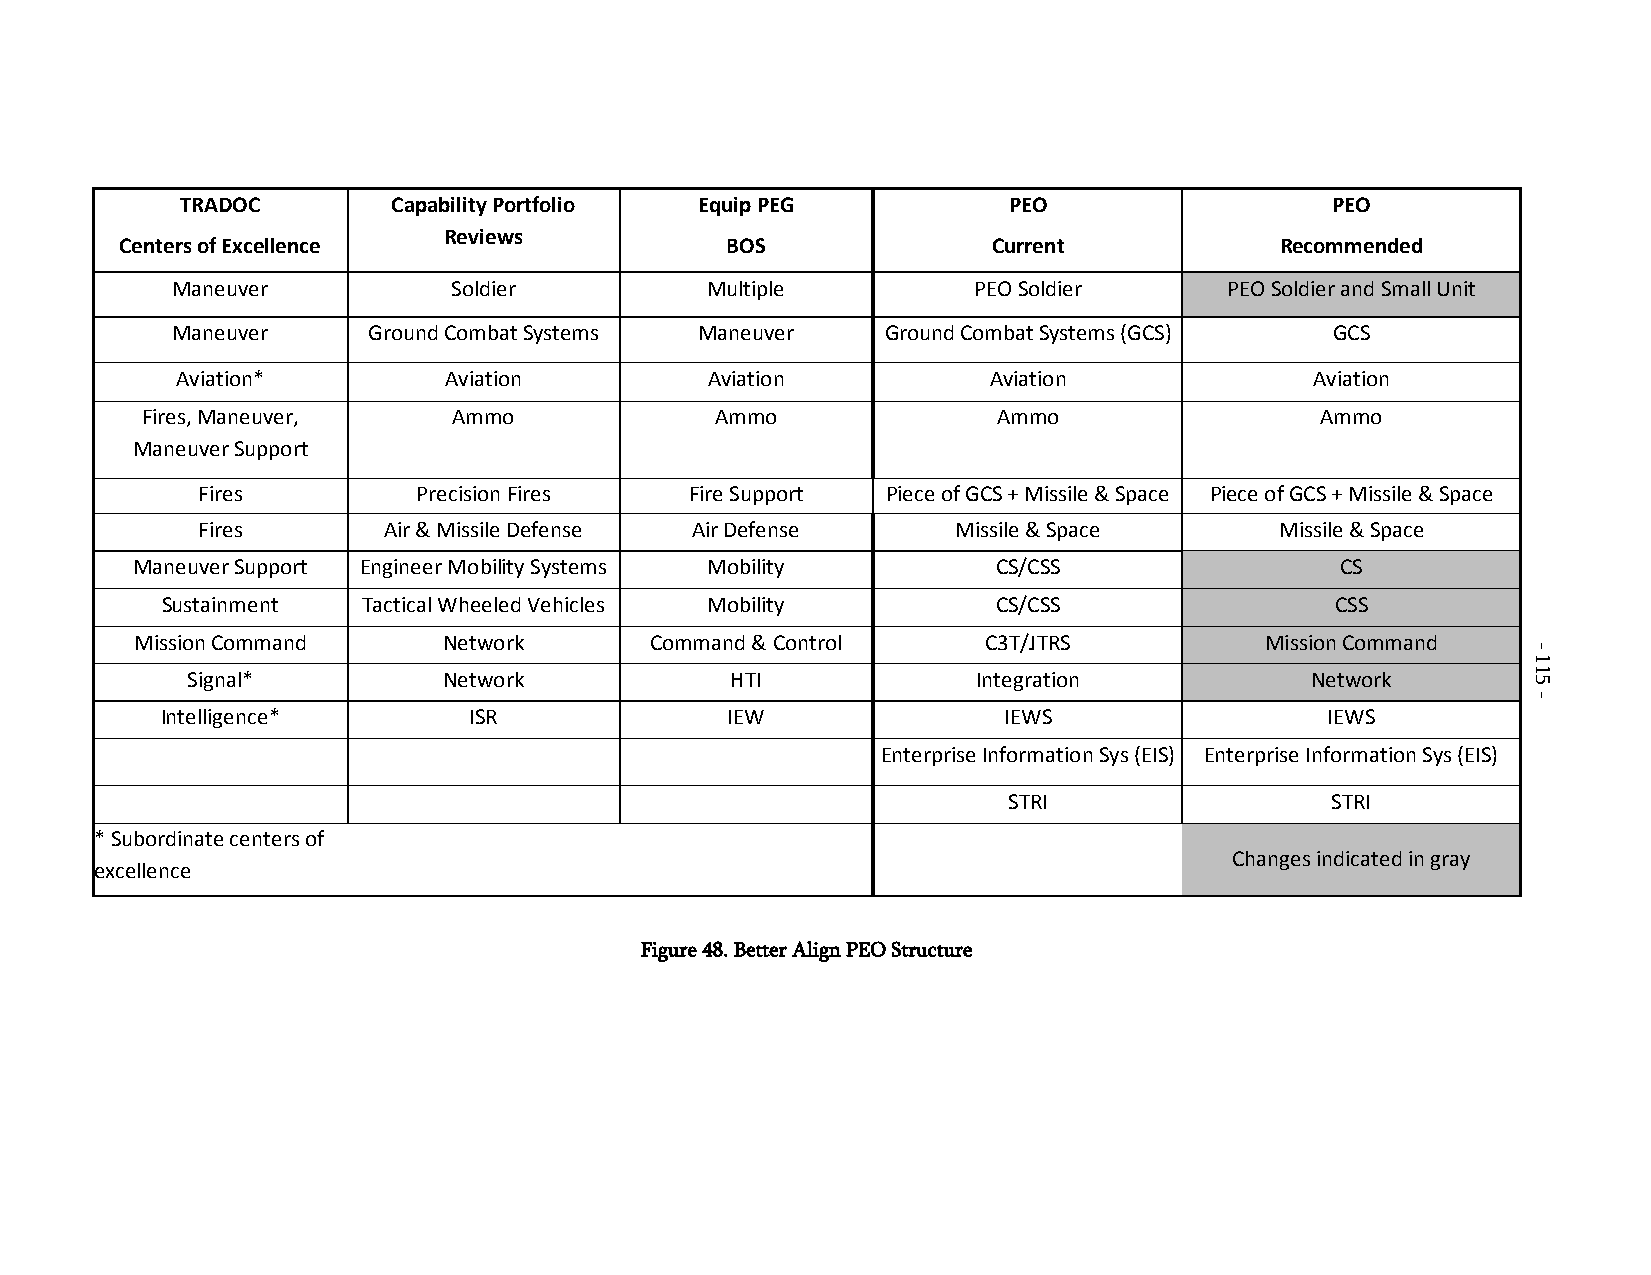
TRADOC        Capability Portfolio Equip PEG           PEO                  PEO
 Reviews
 Centers of Excellence                   BOS               Current            Recommended
 Maneuver           Soldier          Multiple         PEO Soldier      PEO Soldier and Small Unit
 Maneuver     Ground Combat Systems Maneuver     Ground Combat Systems (GCS)  GCS
 Aviation*        Aviation          Aviation          Aviation              Aviation
 Fires, Maneuver,     Ammo             Ammo               Ammo                 Ammo
 Maneuver Support
 Fires          Precision Fires   Fire Support Piece of GCS + Missile & Space Piece of GCS + Missile & Space
 Fires       Air & Missile Defense Air Defense     Missile & Space       Missile & Space
 Maneuver Support Engineer Mobility Systems Mobility      CS/CSS                 CS
 Sustainment  Tactical Wheeled Vehicles Mobility        CS/CSS                CSS
 Mission Command     Network       Command & Control     C3T/JTRS           Mission Command
 Signal*          Network            HTI              Integration           Network
 Intelligence*       ISR              IEW               IEWS                  IEWS
 Enterprise Information Sys (EIS) Enterprise Information Sys (EIS)
 STRI                 STRI
 * Subordinate centers of
 Changes indicated in gray
 excellence
 Figure 48. Better Align PEO Structure
 -
 115
 -